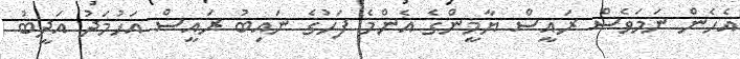
އެހެން ނަމަވެސް ރައީސް ޔާމީންގެ އެންމެ ފަހުގެ ނައިބު ރައީސް އަހުމަދު އަދީބު